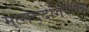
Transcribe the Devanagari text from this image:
मुत्सद्देगिरीचा